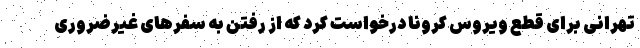
تهرانی برای قطع ویروس کرونا درخواست کرد که از رفتن به سفرهای غیرضروری